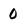
Character: 0